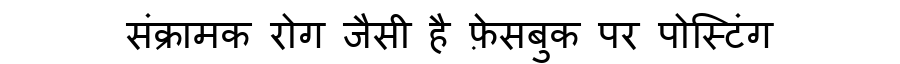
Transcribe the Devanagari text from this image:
संक्रामक रोग जैसी है फ़ेसबुक पर पोस्टिंग